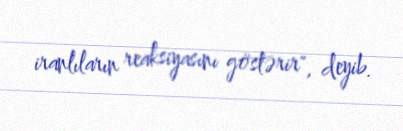
iranlıların reaksiyasını göstərir", deyib.